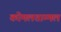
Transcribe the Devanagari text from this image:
कोमलताम्मल